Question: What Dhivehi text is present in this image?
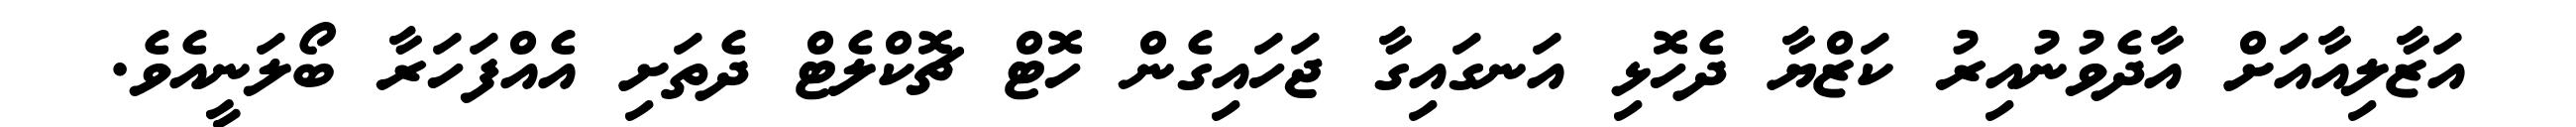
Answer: އަޒާލިއާއަށް އާދެވުނުއިރު ކަޒްޔާ ދެހޮޅި އަނގައިގާ ޖަހައިގެން ހޮޓް ޗޮކްލެޓް ދެތަށި އެއްފަހަރާ ބޯލަނީއެވެ.